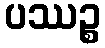
ပဿဉ္စ